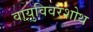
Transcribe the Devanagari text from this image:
वायुविवरशोथ